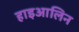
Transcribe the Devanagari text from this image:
हाइआलिन